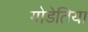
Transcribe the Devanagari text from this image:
गोडेतिया